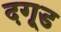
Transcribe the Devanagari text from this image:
दगूड